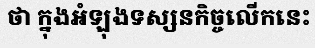
ថា ក្នុងអំឡុងទស្សនកិច្ចលើកនេះ